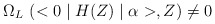
\begin{align*}\Omega_{L}~(<0\mid H(Z)\mid \alpha>,Z) \neq 0\end{align*}